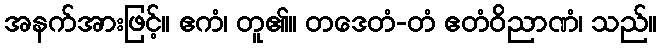
အနက်အားဖြင့်။ ဧကံ၊ တူ၏။ တဒေတံ-တံ ဧတံဝိညာဏံ၊ သည်။